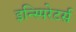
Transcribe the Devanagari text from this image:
इन्स्पिरेटर्स